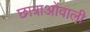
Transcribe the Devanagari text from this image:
छात्राओंवाली